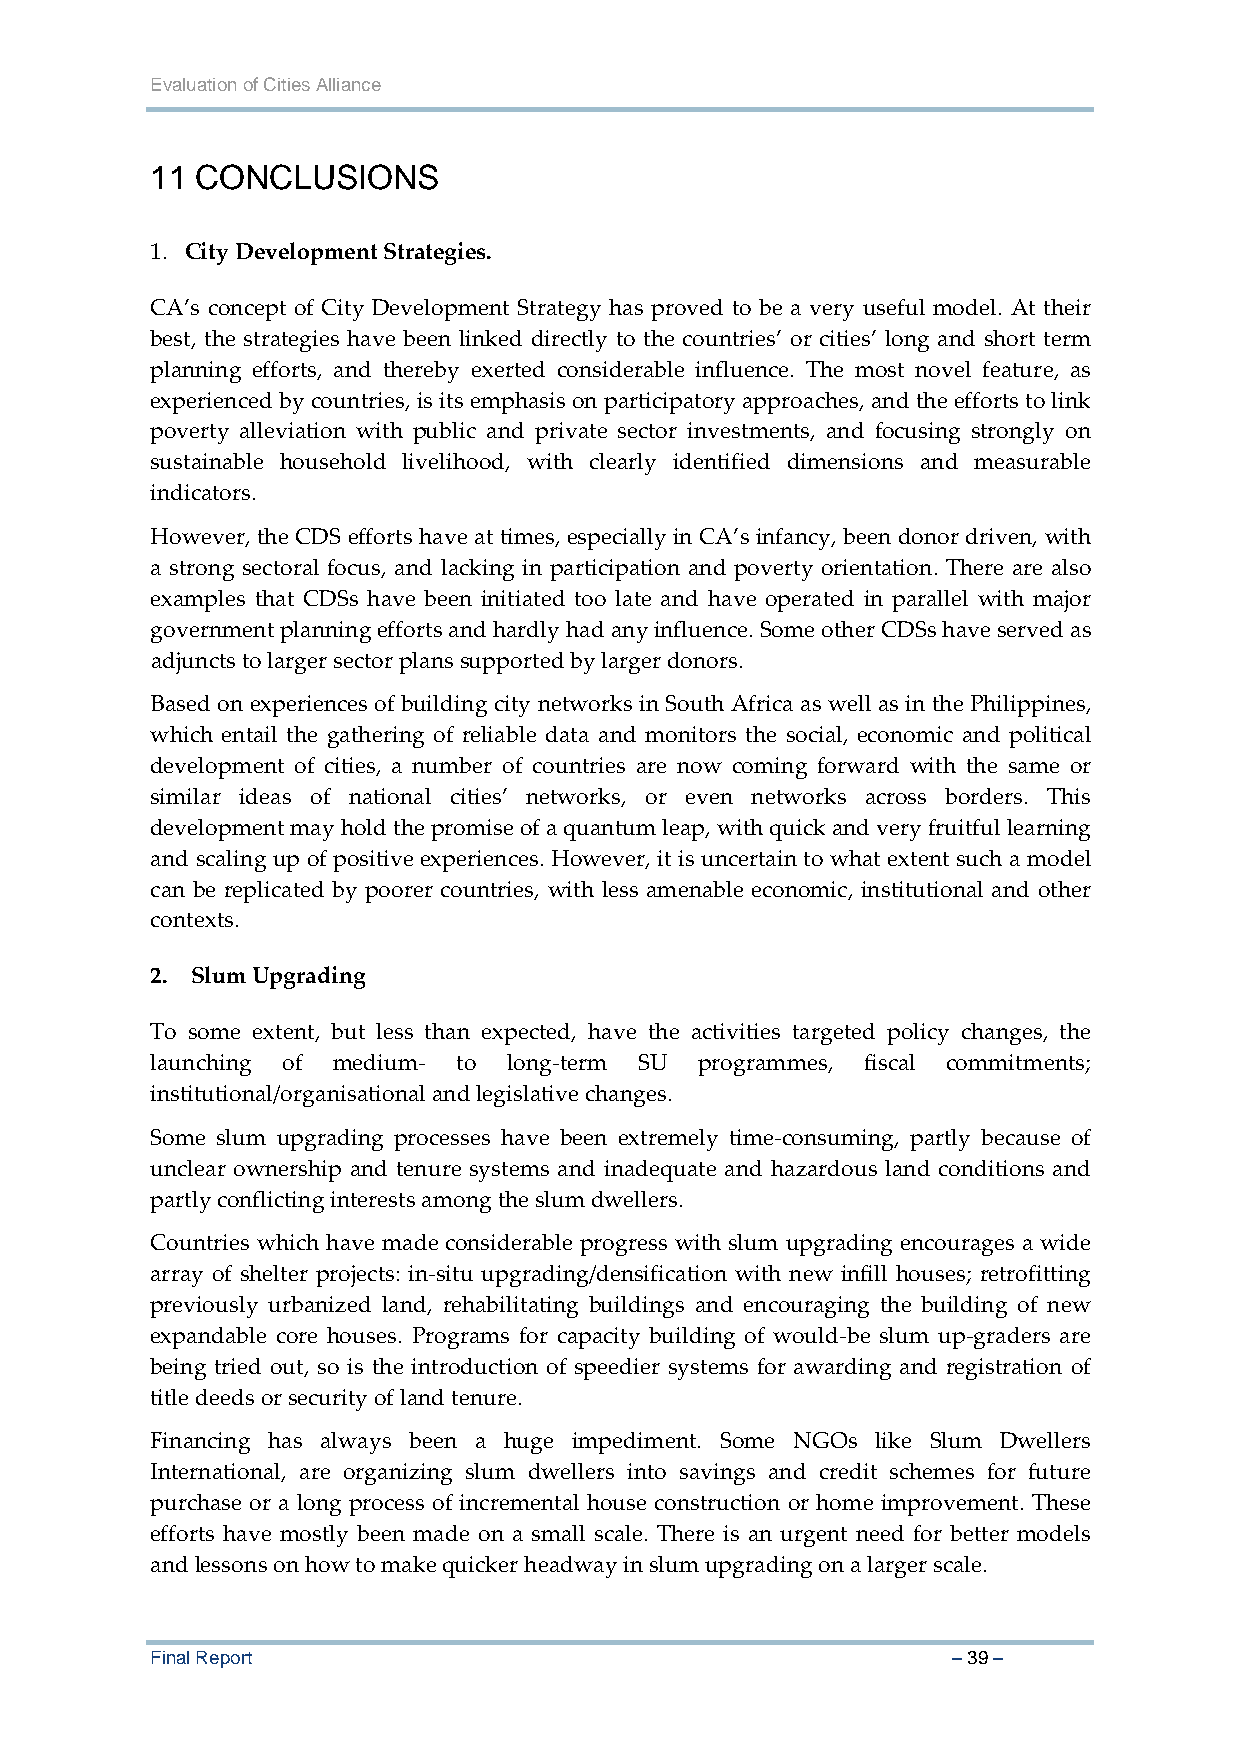
Evaluation of Cities Alliance
 11 CONCLUSIONS
 1. City Development Strategies.
 CA’s concept of City Development Strategy has proved to be a very useful model. At their
 best, the strategies have been linked directly to the countries’ or cities’ long and short term
 planning efforts, and thereby exerted considerable influence. The most novel feature, as
 experienced by countries, is its emphasis on participatory approaches, and the efforts to link
 poverty alleviation with public and private sector investments, and focusing strongly on
 sustainable household livelihood, with clearly identified dimensions and measurable
 indicators.
 However, the CDS efforts have at times, especially in CA’s infancy, been donor driven, with
 a strong sectoral focus, and lacking in participation and poverty orientation. There are also
 examples that CDSs have been initiated too late and have operated in parallel with major
 government planning efforts and hardly had any influence. Some other CDSs have served as
 adjuncts to larger sector plans supported by larger donors.
 Based on experiences of building city networks in South Africa as well as in the Philippines,
 which entail the gathering of reliable data and monitors the social, economic and political
 development of cities, a number of countries are now coming forward with the same or
 similar ideas of national cities’ networks, or even networks across borders. This
 development may hold the promise of a quantum leap, with quick and very fruitful learning
 and scaling up of positive experiences. However, it is uncertain to what extent such a model
 can be replicated by poorer countries, with less amenable economic, institutional and other
 contexts.
 2. Slum Upgrading
 To some extent, but less than expected, have the activities targeted policy changes, the
 launching of medium‐ to long‐term SU programmes, fiscal commitments;
 institutional/organisational and legislative changes.
 Some slum upgrading processes have been extremely time‐consuming, partly because of
 unclear ownership and tenure systems and inadequate and hazardous land conditions and
 partly conflicting interests among the slum dwellers.
 Countries which have made considerable progress with slum upgrading encourages a wide
 array of shelter projects: in‐situ upgrading/densification with new infill houses; retrofitting
 previously urbanized land, rehabilitating buildings and encouraging the building of new
 expandable core houses. Programs for capacity building of would‐be slum up‐graders are
 being tried out, so is the introduction of speedier systems for awarding and registration of
 title deeds or security of land tenure.
 Financing has always been a huge impediment. Some NGOs like Slum Dwellers
 International, are organizing slum dwellers into savings and credit schemes for future
 purchase or a long process of incremental house construction or home improvement. These
 efforts have mostly been made on a small scale. There is an urgent need for better models
 and lessons on how to make quicker headway in slum upgrading on a larger scale.
 Final Report                                         – 39 –